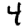
Digit: 4